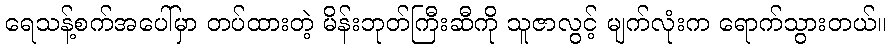
ရေသန့်စက်အပေါ်မှာ တပ်ထားတဲ့ မိန်းဘုတ်ကြီးဆီကို သူဇာလွင့် မျက်လုံးက ရောက်သွားတယ်။